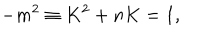
LaTeX: - m ^ { 2 } \equiv K ^ { 2 } + n K = 1 ,